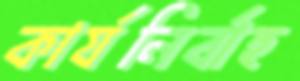
কার্যনির্বাহ